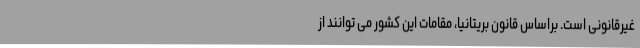
غیرقانونی است. براساس قانون بریتانیا، مقامات این کشور می توانند از